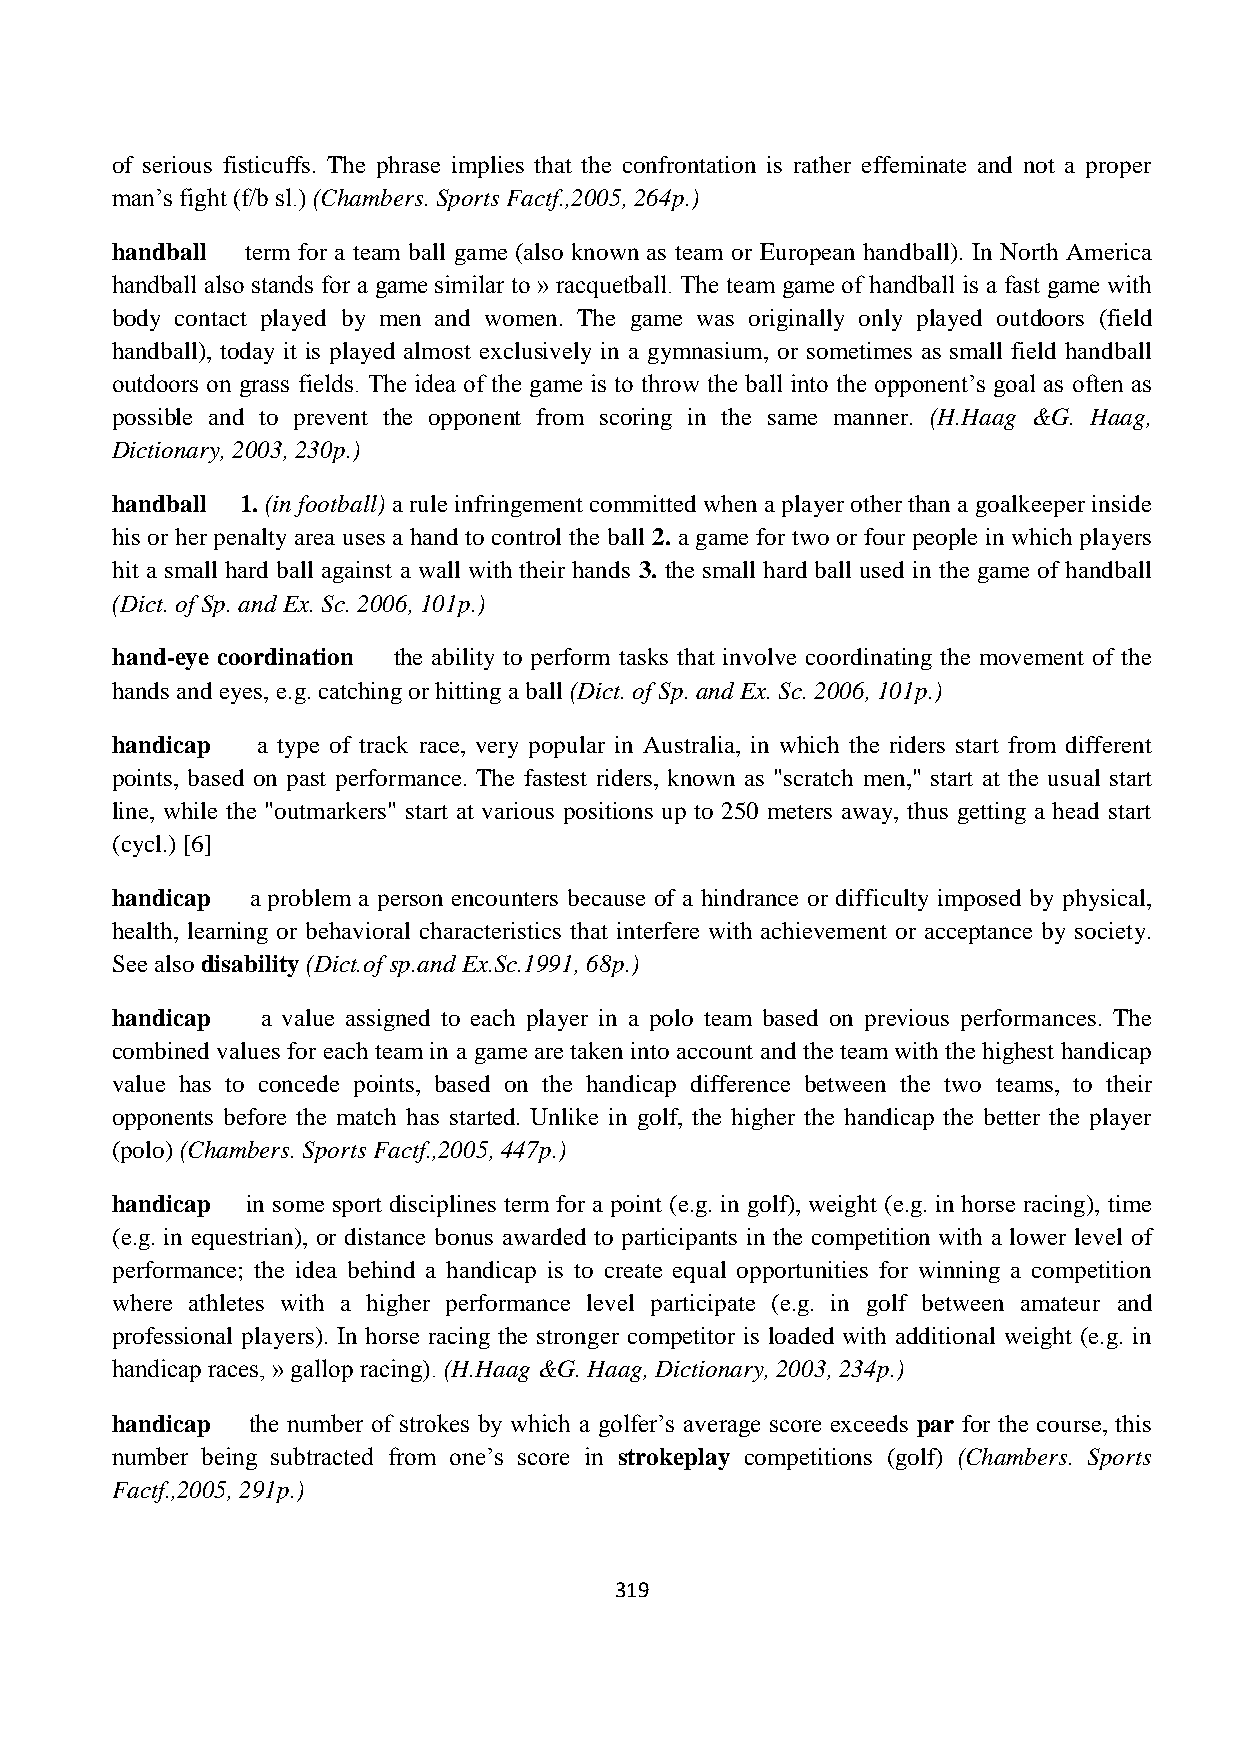
of serious fisticuffs. The phrase implies that the confrontation is rather effeminate and not a proper
 man‟s fight (f/b sl.) (Chambers. Sports Factf.,2005, 264p.)
 handball term for a team ball game (also known as team or European handball). In North America
 handball also stands for a game similar to » racquetball. The team game of handball is a fast game with
 body contact played by men and women. The game was originally only played outdoors (field
 handball), today it is played almost exclusively in a gymnasium, or sometimes as small field handball
 outdoors on grass fields. The idea of the game is to throw the ball into the opponent‟s goal as often as
 possible and to prevent the opponent from scoring in the same manner. (H.Haag &G. Haag,
 Dictionary, 2003, 230p.)
 handball 1. (in football) a rule infringement committed when a player other than a goalkeeper inside
 his or her penalty area uses a hand to control the ball 2. a game for two or four people in which players
 hit a small hard ball against a wall with their hands 3. the small hard ball used in the game of handball
 (Dict. of Sp. and Ex. Sc. 2006, 101p.)
 hand-eye coordination the ability to perform tasks that involve coordinating the movement of the
 hands and eyes, e.g. catching or hitting a ball (Dict. of Sp. and Ex. Sc. 2006, 101p.)
 handicap  a type of track race, very popular in Australia, in which the riders start from different
 points, based on past performance. The fastest riders, known as "scratch men," start at the usual start
 line, while the "outmarkers" start at various positions up to 250 meters away, thus getting a head start
 (cycl.) [6]
 handicap  a problem a person encounters because of a hindrance or difficulty imposed by physical,
 health, learning or behavioral characteristics that interfere with achievement or acceptance by society.
 See also disability (Dict.of sp.and Ex.Sc.1991, 68p.)
 handicap  a value assigned to each player in a polo team based on previous performances. The
 combined values for each team in a game are taken into account and the team with the highest handicap
 value has to concede points, based on the handicap difference between the two teams, to their
 opponents before the match has started. Unlike in golf, the higher the handicap the better the player
 (polo) (Chambers. Sports Factf.,2005, 447p.)
 handicap in some sport disciplines term for a point (e.g. in golf), weight (e.g. in horse racing), time
 (e.g. in equestrian), or distance bonus awarded to participants in the competition with a lower level of
 performance; the idea behind a handicap is to create equal opportunities for winning a competition
 where athletes with a higher performance level participate (e.g. in golf between amateur and
 professional players). In horse racing the stronger competitor is loaded with additional weight (e.g. in
 handicap races, » gallop racing). (H.Haag &G. Haag, Dictionary, 2003, 234p.)
 handicap  the number of strokes by which a golfer‟s average score exceeds par for the course, this
 number being subtracted from one‟s score in strokeplay competitions (golf) (Chambers. Sports
 Factf.,2005, 291p.)
 319